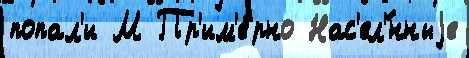
попал'и М Пр'им'е́рно Нас'ел'́нныjе